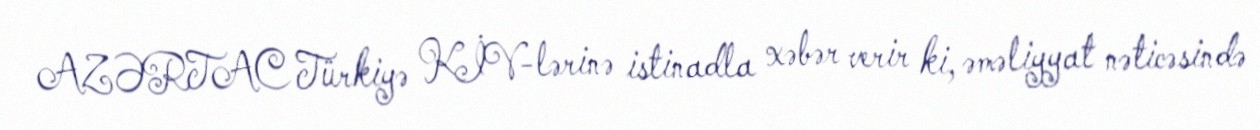
AZƏRTAC Türkiyə KİV-lərinə istinadla xəbər verir ki, əməliyyat nəticəsində